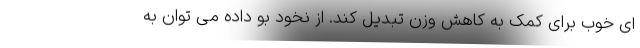
ای خوب برای کمک به کاهش وزن تبدیل کند. از نخود بو داده می توان به